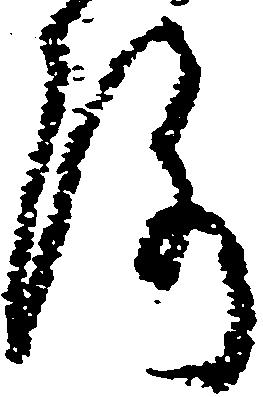
洛